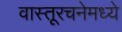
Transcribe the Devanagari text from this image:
वास्तूरचनेमध्ये